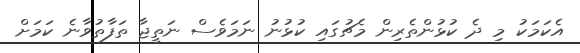
އެކަމަކު މި ދެ ކުޅުންތެރިން މެޗުގައި ކުޅުނު ނަމަވެސް ނަތީޖާ ތަފާތުވާނެ ކަމަށް